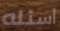
أسئله